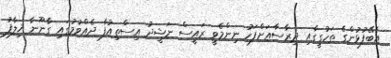
އެބޭފުޅުންގެ ތަހުގީގާއި ދިރާސާއަށްފަހު ނިންމެވީ ރައީސް ނަޝީދު އިސްތިއުފާ ދެއްވުމުގައި ގާނޫނާ ޚިލާފު